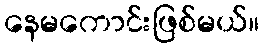
နေမကောင်းဖြစ်မယ်။